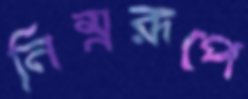
নিম্নরূপে